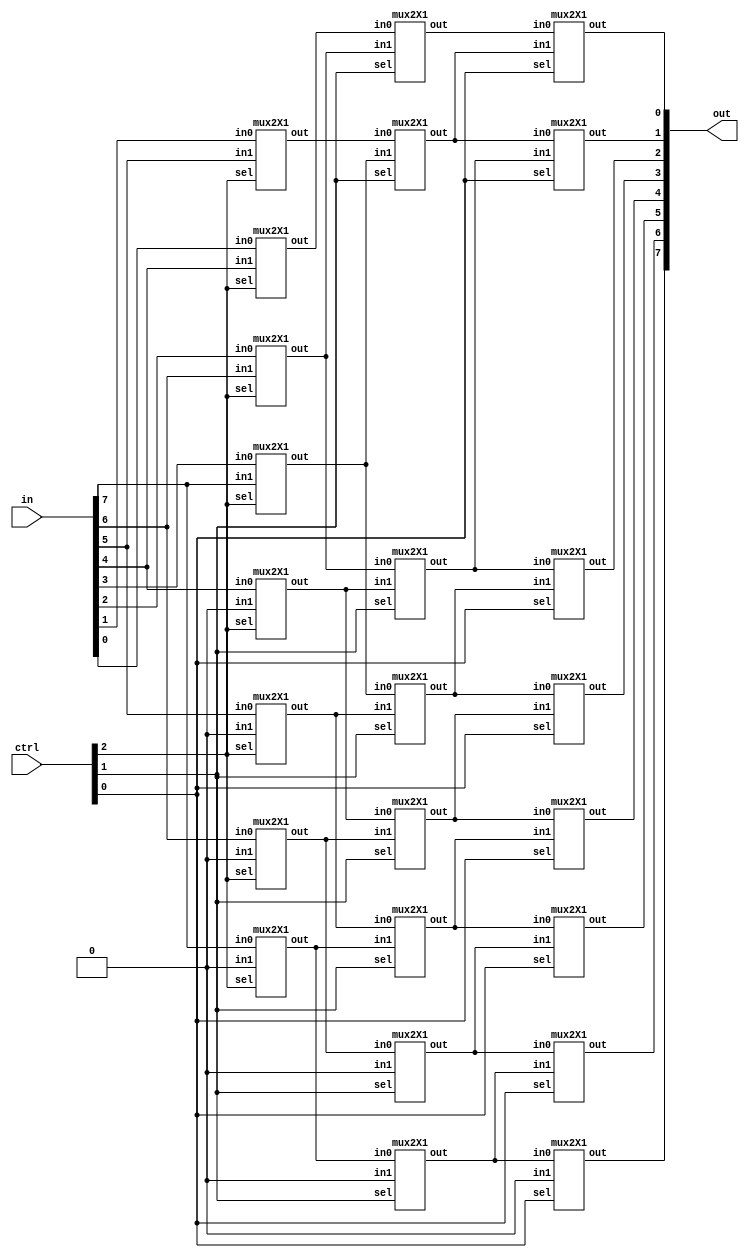
module ba_shift(in, ctrl, out);
  input  [7:0] in;
  input [2:0] ctrl;
  output [7:0] out;
  wire [7:0] x,y;

mux2X1  m1(.in0(in[7]),.in1(1'b0),.sel(ctrl[2]),.out(x[7]));
mux2X1  m2 (.in0(in[6]),.in1(1'b0),.sel(ctrl[2]),.out(x[6]));
mux2X1  m3 (.in0(in[5]),.in1(1'b0),.sel(ctrl[2]),.out(x[5]));
mux2X1  m4 (.in0(in[4]),.in1(1'b0),.sel(ctrl[2]),.out(x[4]));
mux2X1  m5 (.in0(in[3]),.in1(in[7]),.sel(ctrl[2]),.out(x[3]));
mux2X1  m6 (.in0(in[2]),.in1(in[6]),.sel(ctrl[2]),.out(x[2]));
mux2X1  m7 (.in0(in[1]),.in1(in[5]),.sel(ctrl[2]),.out(x[1]));
mux2X1  m8 (.in0(in[0]),.in1(in[4]),.sel(ctrl[2]),.out(x[0]));

mux2X1  m9 (.in0(x[7]),.in1(1'b0),.sel(ctrl[1]),.out(y[7]));
mux2X1  m10 (.in0(x[6]),.in1(1'b0),.sel(ctrl[1]),.out(y[6]));
mux2X1  m11 (.in0(x[5]),.in1(x[7]),.sel(ctrl[1]),.out(y[5]));
mux2X1  m12 (.in0(x[4]),.in1(x[6]),.sel(ctrl[1]),.out(y[4]));
mux2X1  m13 (.in0(x[3]),.in1(x[5]),.sel(ctrl[1]),.out(y[3]));
mux2X1  m14 (.in0(x[2]),.in1(x[4]),.sel(ctrl[1]),.out(y[2]));
mux2X1  m15 (.in0(x[1]),.in1(x[3]),.sel(ctrl[1]),.out(y[1]));
mux2X1  m16 (.in0(x[0]),.in1(x[2]),.sel(ctrl[1]),.out(y[0]));


mux2X1  m17 (.in0(y[7]),.in1(1'b0),.sel(ctrl[0]),.out(out[7]));
mux2X1  m18 (.in0(y[6]),.in1(y[7]),.sel(ctrl[0]),.out(out[6]));
mux2X1  m19 (.in0(y[5]),.in1(y[6]),.sel(ctrl[0]),.out(out[5]));
mux2X1  m20 (.in0(y[4]),.in1(y[5]),.sel(ctrl[0]),.out(out[4]));
mux2X1  m21 (.in0(y[3]),.in1(y[4]),.sel(ctrl[0]),.out(out[3]));
mux2X1  m22 (.in0(y[2]),.in1(y[3]),.sel(ctrl[0]),.out(out[2]));
mux2X1  m23 (.in0(y[1]),.in1(y[2]),.sel(ctrl[0]),.out(out[1]));
mux2X1  m24 (.in0(y[0]),.in1(y[1]),.sel(ctrl[0]),.out(out[0]));

endmodule

 
module mux2X1( in0,in1,sel,out);
input in0,in1;
input sel;
output out;
assign out=(sel)?in1:in0;
endmodule